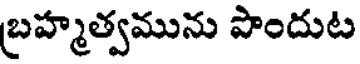
బ్రహ్మత్వమును పొందుట